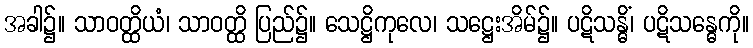
အခါ၌။ သာဝတ္ထိယံ၊ သာဝတ္ထိ ပြည်၌။ သေဋ္ဌိကုလေ၊ သဋ္ဌေးအိမ်၌။ ပဋိသန္ဓိံ၊ ပဋိသန္ဓေကို။